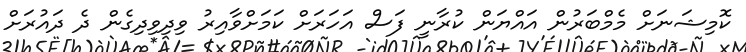
ކޮމިޝަނަށް މެމްބަރުން އައްޔަން ކުރާނީ ފަސް އަހަރަށް ކަމަށްވާއިރު ވިދިވިދިގެން ދެ ދައުރަށް